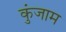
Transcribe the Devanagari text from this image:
कुंजाम